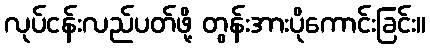
လုပ်ငန်းလည်ပတ်ဖို့ တွန်းအားပိုကောင်းခြင်း။